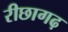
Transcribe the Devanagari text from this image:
रीछागढ़